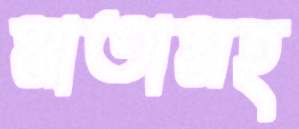
মাতামহ